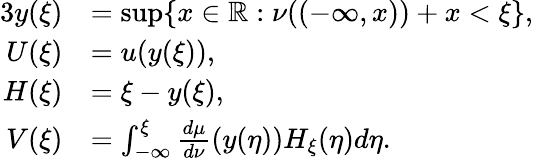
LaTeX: \begin{array}{rl}{{3}y(\xi)}&{=\operatorname*{sup}\{ x\in\mathbb{R}:\nu((-\infty,x))+x<\xi\} ,}\\ {U(\xi)}&{=u(y(\xi)),}\\ {H(\xi)}&{=\xi-y(\xi),}\\ {V(\xi)}&{=\int_{-\infty}^{\xi}\frac{d\mu}{d\nu}(y(\eta))H_{\xi}(\eta)d\eta.}\end{array}